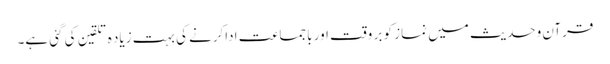
قرآن وحدیث میں نماز کو بر وقت اور باجماعت اداکرنے کی بہت زیاد ہ تلقین کی گئی ہے۔